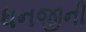
ધનજીની